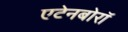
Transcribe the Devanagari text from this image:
एटेनबोरॉ